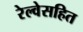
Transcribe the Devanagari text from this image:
रेल्वेसहित